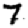
Digit: 7